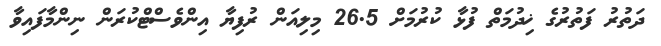
ދަތުރު ފަތުރުގެ ޚިދުމަތް ފުޅާ ކުރުމަށް 26.5 މިލިއަން ރުފިޔާ އިންވެސްޓްކުރަން ނިންމާފައިވާ